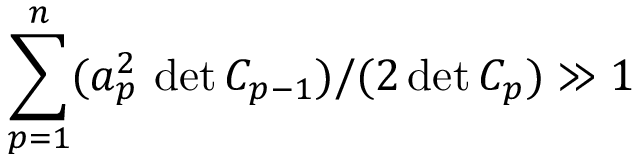
\sum _ { p = 1 } ^ { n } ( a _ { p } ^ { 2 } \, \operatorname* { d e t } C _ { p - 1 } ) / ( 2 \operatorname* { d e t } C _ { p } ) \gg 1